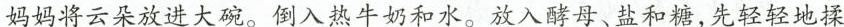
妈妈将云朵放进大碗。倒入热牛奶和水。放入酵母、盐和糖，先轻轻地揉